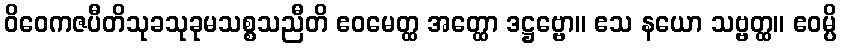
ဝိဝေကဇပီတိသုခသုခုမသစ္စသညီတိ ဧဝမေတ္ထ အတ္ထော ဒဋ္ဌဗ္ဗော။ ဧသ နယော သဗ္ဗတ္ထ။ ဧဝမ္ပိ